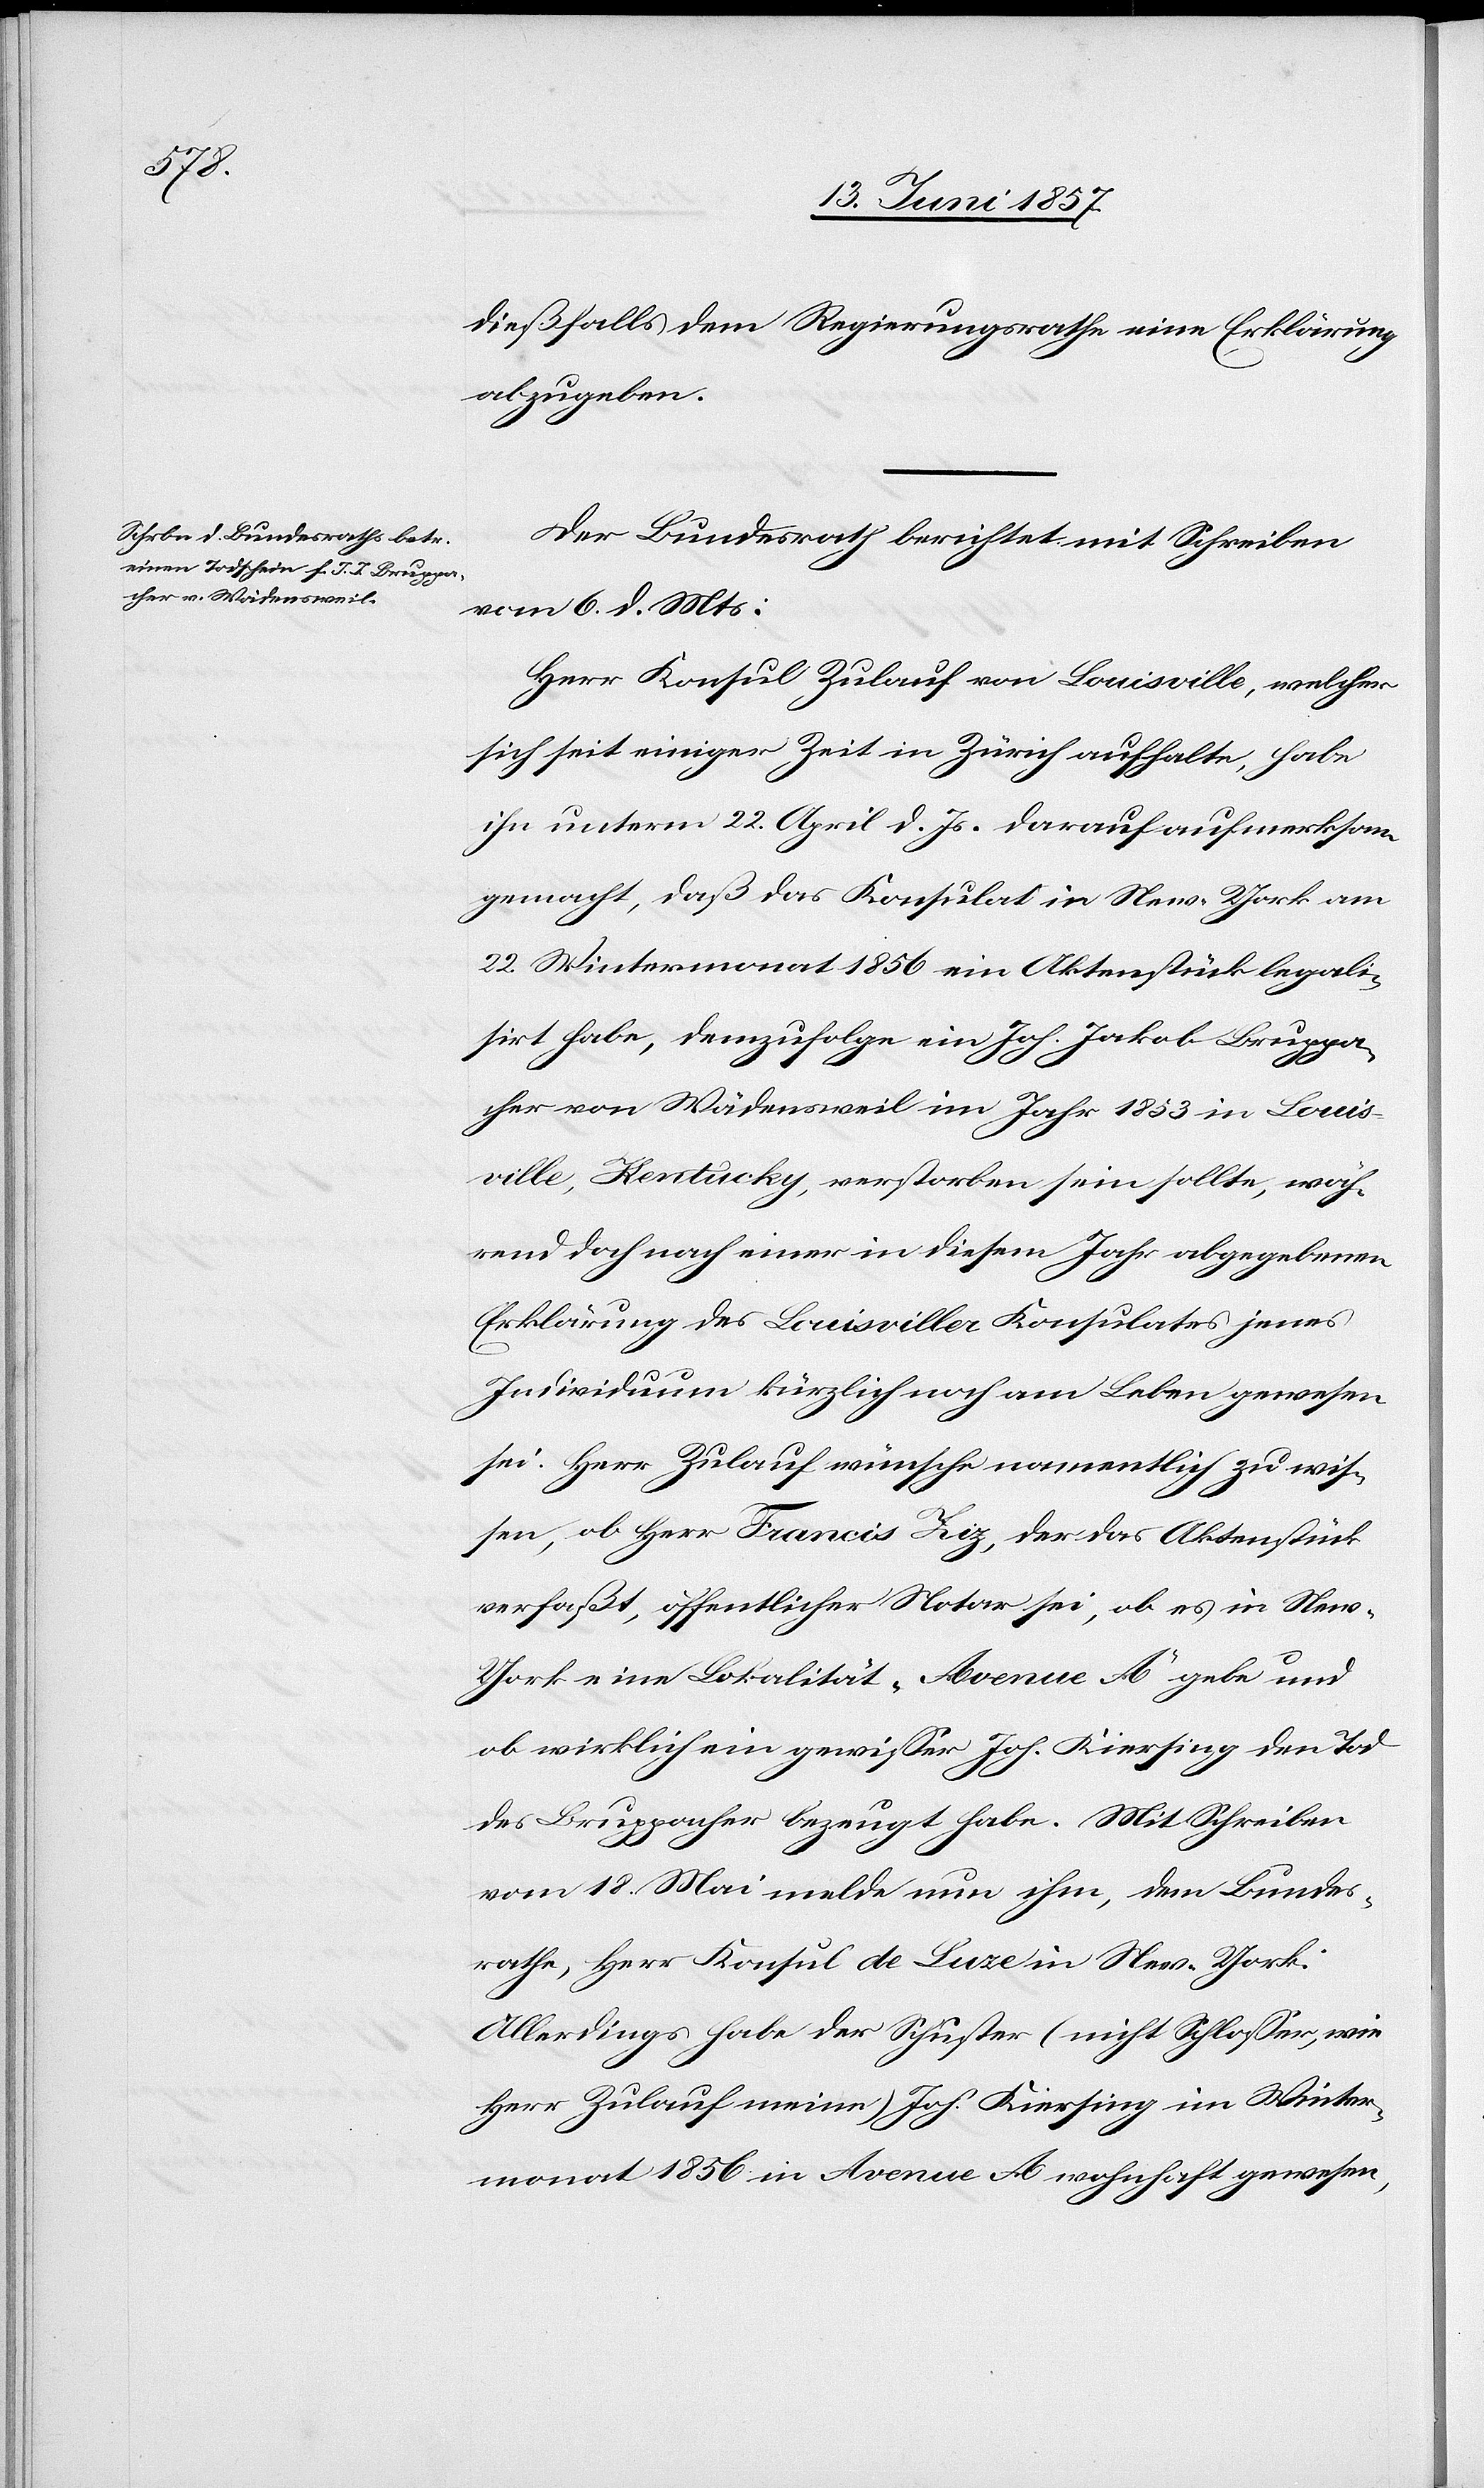
dießfalls dem Regierungsrathe eine Erklärung
abzugeben.
Der Bundesrath berichtet mit Schreiben
vom 6 d. Mts.;
Herr Konsul Zulauf von Louisville, welcher
sich seit einiger Zeit in Zürich aufhalte, habe
ihn unterm 22 April d. Js. darauf aufmerksam
gemacht, daß das Konsulat in New-York am
22 Wintermonat 1856 ein Aktenstück legali¬
sirt habe, demzufolge ein Joh. Jakob Bruppa¬
cher von Wädensweil im Jahr 1853 in Louis¬
ville, Kentucky, verstorben sein sollte, wäh¬
rend doch nach einer in diesem Jahr abgegebenen
Erklärung des Louisviller Konsulates jenes
Individuum kürzlich noch am Leben gewesen
sei. Herr Zulauf wünsche namentlich zu wis¬
sen, ob Herr Francis Ziz, der das Aktenstück
verfaßt, öffentlicher Notar sei, ob es in Ne¬
w-York eine Lokalität „Avenue A“ gebe und
ob wirklich ein gewisser Joh. Kiersing den Tod
des Bruppacher bezeugt habe. Mit Schreiben
vom 12 Mai melde nun ihm, dem Bundes¬
rathe, Herr Konsul de Luxe in New-York:
Allerdings habe der Schuster (nicht Schloßer, wie
Herr Zulauf meine) Joh. Kiesing im Winter¬
monat 1856 in Avenue A wohnhaft gewesen,